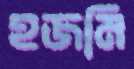
হজমি